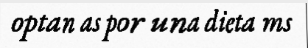
optan as por una dieta ms